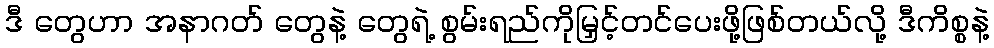
ဒီ တွေဟာ အနာဂတ် တွေနဲ့ တွေရဲ့ စွမ်းရည်ကိုမြှင့်တင်ပေးဖို့ဖြစ်တယ်လို့ ဒီကိစ္စနဲ့